Tezpur Lunatic Asylum reports 1895-1904 - 1895-1904
Year: 1895
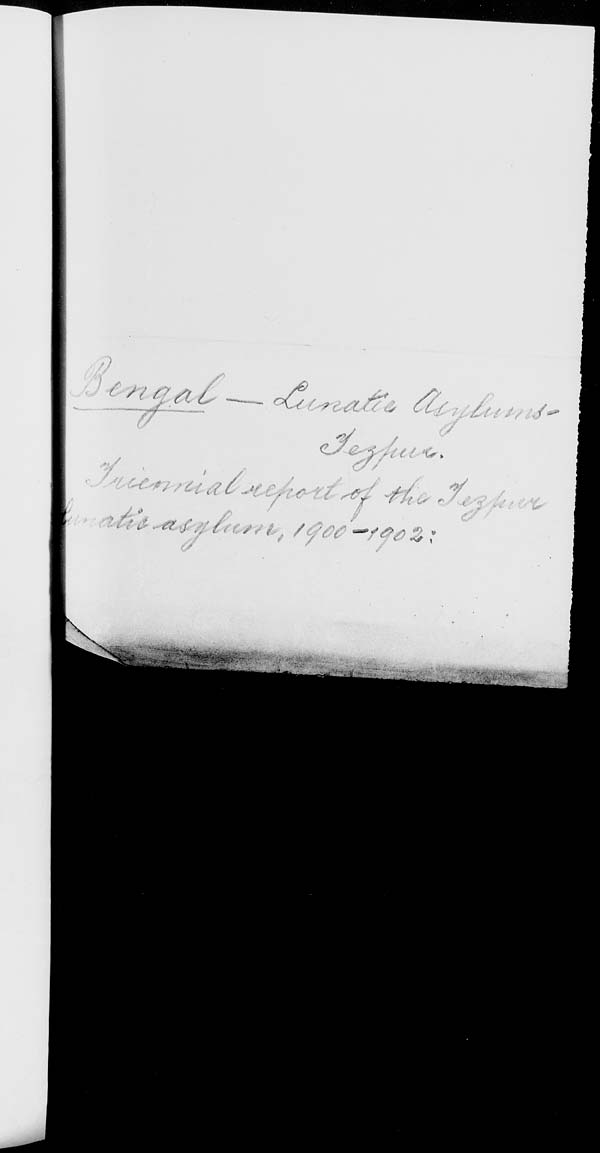
.
r -
\
-
f
■
■
r
t
«
,■■.